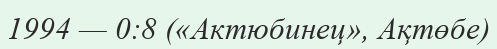
1994 — 0:8 («Актюбинец», Ақтөбе)